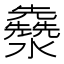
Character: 𤄳